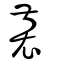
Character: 裻